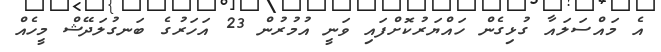
އެ މައްސަލައާ ގުޅިގެން ހައްޔަރުކޮށްފައި ވަނީ އުމުރުން 23 އަހަރުގެ ބަނގުލަދޭޝް މީހެއް